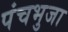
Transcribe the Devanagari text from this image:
पंचभुजा